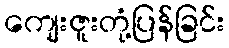
ကျေးဇူးတုံ့ပြန်ခြင်း